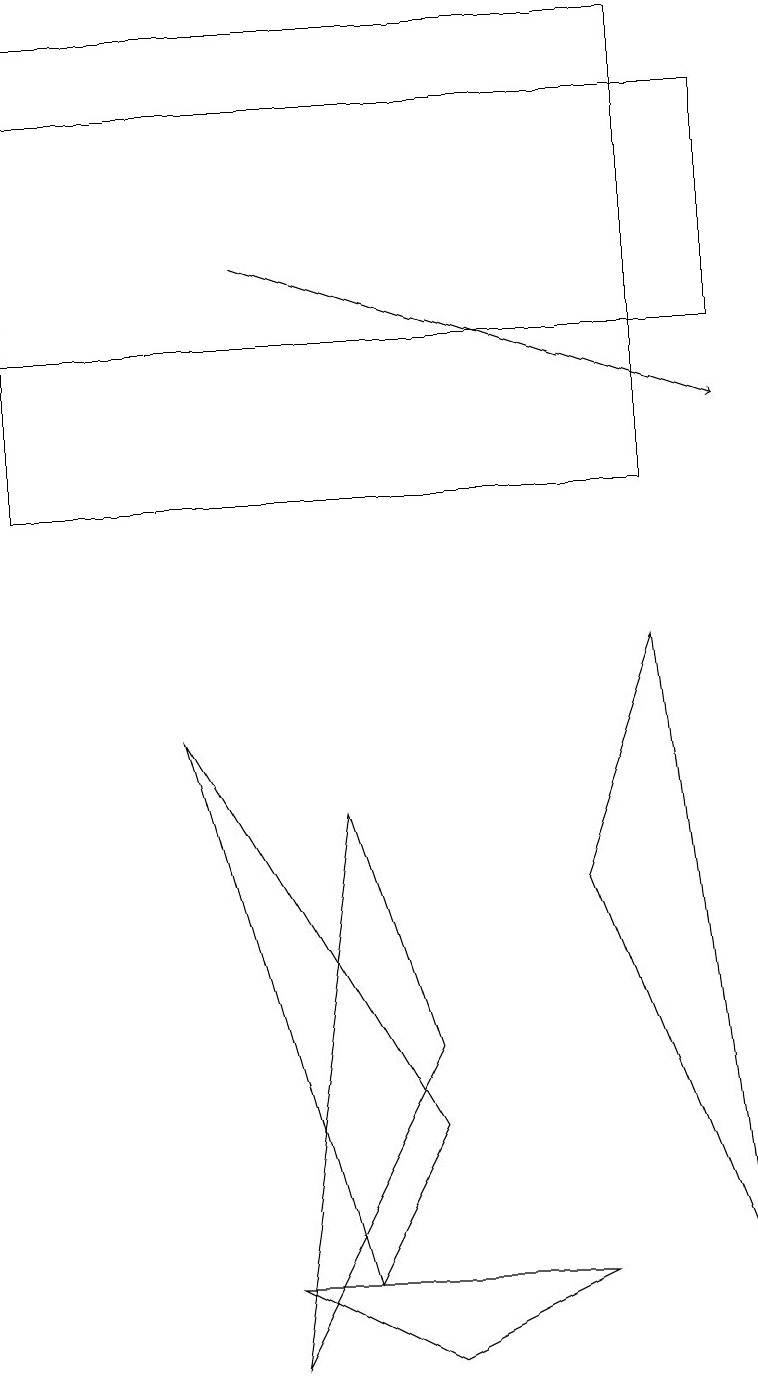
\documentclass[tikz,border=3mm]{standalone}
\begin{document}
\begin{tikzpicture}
\draw (0,13) rectangle (9,16);
\draw (3,1) -- (5,0) -- (7,1) -- cycle;
\draw (8,9) -- (7,6) -- (9,1) -- cycle;
\draw[->] (3,14) -- (9,12);
\draw (4,1) -- (5,3) -- (2,8) -- cycle;
\draw (5,4) -- (4,7) -- (3,0) -- cycle;
\draw (0,11) rectangle (8,17);
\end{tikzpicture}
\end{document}